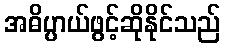
အဓိပ္ပာယ်ဖွင့်ဆိုနိုင်သည်